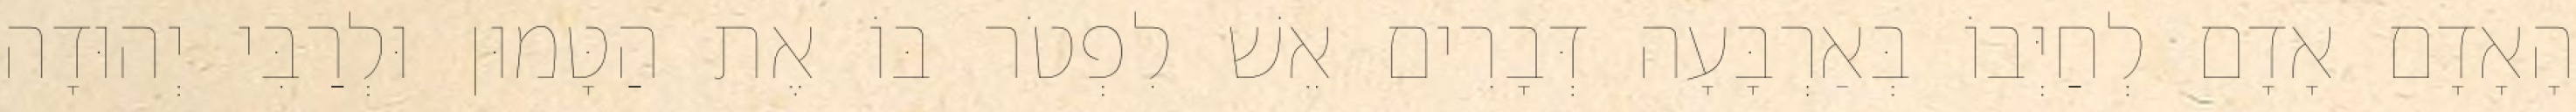
הָאָדָם אָדָם לְחַיְּבוֹ בְּאַרְבָּעָה דְּבָרִים אֵשׁ לִפְטֹר בּוֹ אֶת הַטָּמוּן וּלְרַבִּי יְהוּדָה